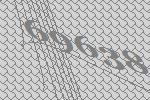
69638